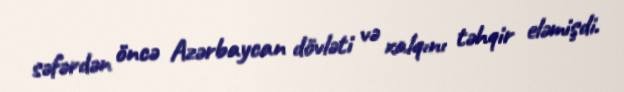
səfərdən öncə Azərbaycan dövləti və xalqını təhqir eləmişdi.